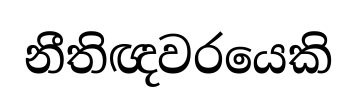
නීතිඥවරයෙකි